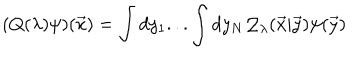
LaTeX: ( Q ( \lambda ) \psi ) ( { \vec { x } } ) = \int d y _ { 1 } . . . \int d y _ { N } { \cal Q } _ { \lambda } ( { \vec { x } } | { \vec { y } } ) \psi ( { \vec { y } } )